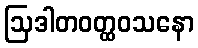
ဩဒါတဝတ္ထဝသနော